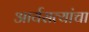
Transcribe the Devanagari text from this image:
आर्यसत्यांचा